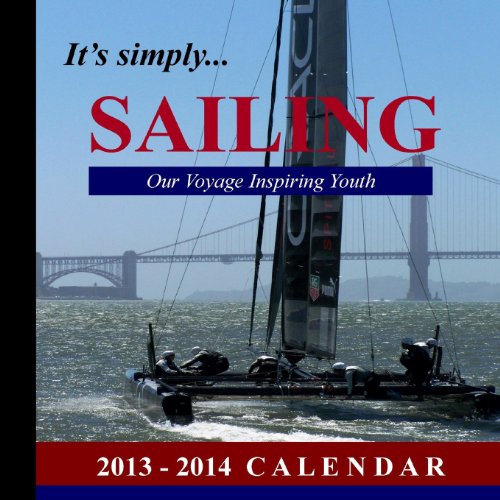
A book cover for It's Simply...SAILING: Our Voyage Inspiring Youth: 2013-2014 Calendar; Cali Gilbert; Calendars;